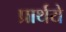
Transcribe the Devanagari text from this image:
प्रार्थये